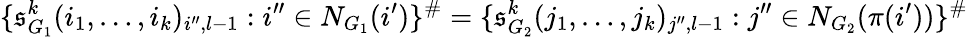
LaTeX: \{ \mathfrak{s}_{G_{1}}^{k}(i_{1},\dots,i_{k})_{i^{\prime\prime},l-1}:i^{\prime\prime}\in N_{G_{1}}(i^{\prime})\} ^{\# }=\{ \mathfrak{s}_{G_{2}}^{k}(j_{1},\dots,j_{k})_{j^{\prime\prime},l-1}:j^{\prime\prime}\in N_{G_{2}}(\pi(i^{\prime}))\} ^{\# }